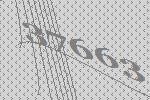
37663